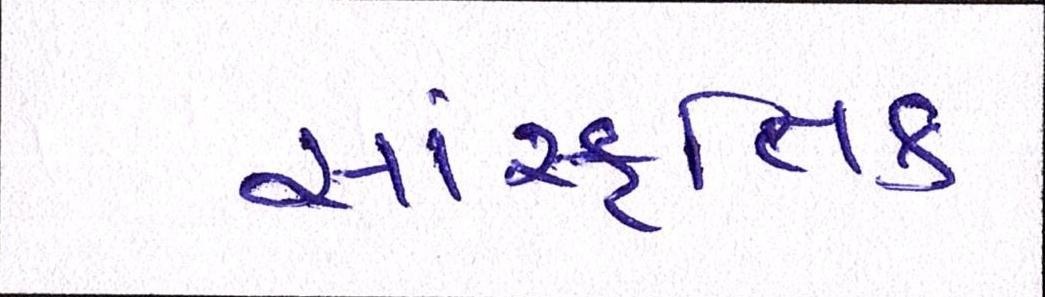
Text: સાંસ્કૃતિક